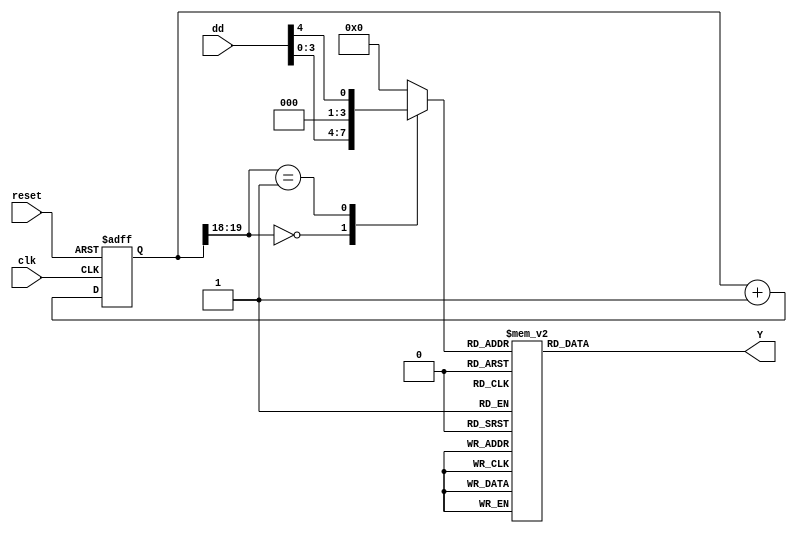
module sevenseg(clk,reset,dd,Y);
  input[4:0]dd;
  input clk,reset;
  reg[19:0] ref_c;
  wire[1:0]lc;
  reg[3:0]X;
  reg[3:0]AN;
  output[6:0]Y;
  reg[6:0]Y;
  always@(posedge clk or posedge reset)
  begin
    if(reset==1)
      ref_c<=0;
    else
      ref_c<=ref_c+1;
   end
  assign lc=ref_c[19:18];
  always@(*)
  begin
    case(lc)
    2'b00: begin
           AN=4'b1110;
           X=dd[3:0];
           end
    2'b01: begin
           AN=4'b1101;
           X=dd[4];
           end
    default: begin
             AN=4'b1111;
             X=0;
             end
    endcase		
  end
  always@(*)
  begin
    case(X)
    4'b0    : Y=7'b0000001;      
    4'b01   : Y=7'b1111001;
    4'b010  : Y=7'b0010010;
    4'b011  : Y=7'b0000110;
    4'b0100 : Y=7'b1001100;
    4'b0101 : Y=7'b0100100;
    4'b0110 : Y=7'b0100000;
    4'b0111 : Y=7'b0001111;
    4'b1000 : Y=7'b0000000;
    4'b1001 : Y=7'b0000100;
    default : Y=7'b1111111;
    endcase
  end
endmodule